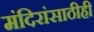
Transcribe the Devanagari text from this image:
मंदिरांसाठीही